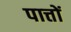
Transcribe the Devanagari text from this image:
पात्तों